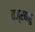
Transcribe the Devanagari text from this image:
वज्रबाहु